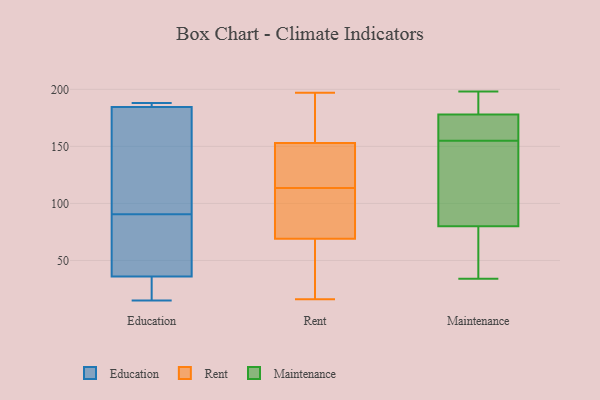
{"axis": {"x": "Waste Production (Tons)", "y": "Value"}, "legend": ["Education", "Maintenance", "Rent"], "data": [{"x": "", "y": 48, "type": "Education"}, {"x": "", "y": 95, "type": "Education"}, {"x": "", "y": 148, "type": "Education"}, {"x": "", "y": 17, "type": "Education"}, {"x": "", "y": 24, "type": "Education"}, {"x": "", "y": 185, "type": "Education"}, {"x": "", "y": 51, "type": "Education"}, {"x": "", "y": 188, "type": "Education"}, {"x": "", "y": 15, "type": "Education"}, {"x": "", "y": 184, "type": "Education"}, {"x": "", "y": 188, "type": "Education"}, {"x": "", "y": 86, "type": "Education"}, {"x": "", "y": 153, "type": "Rent"}, {"x": "", "y": 97, "type": "Rent"}, {"x": "", "y": 116, "type": "Rent"}, {"x": "", "y": 172, "type": "Rent"}, {"x": "", "y": 111, "type": "Rent"}, {"x": "", "y": 197, "type": "Rent"}, {"x": "", "y": 69, "type": "Rent"}, {"x": "", "y": 29, "type": "Rent"}, {"x": "", "y": 127, "type": "Rent"}, {"x": "", "y": 16, "type": "Rent"}, {"x": "", "y": 178, "type": "Maintenance"}, {"x": "", "y": 64, "type": "Maintenance"}, {"x": "", "y": 85, "type": "Maintenance"}, {"x": "", "y": 154, "type": "Maintenance"}, {"x": "", "y": 156, "type": "Maintenance"}, {"x": "", "y": 166, "type": "Maintenance"}, {"x": "", "y": 198, "type": "Maintenance"}, {"x": "", "y": 80, "type": "Maintenance"}, {"x": "", "y": 192, "type": "Maintenance"}, {"x": "", "y": 34, "type": "Maintenance"}]}